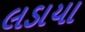
લડાયા